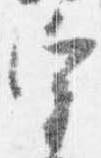
宰